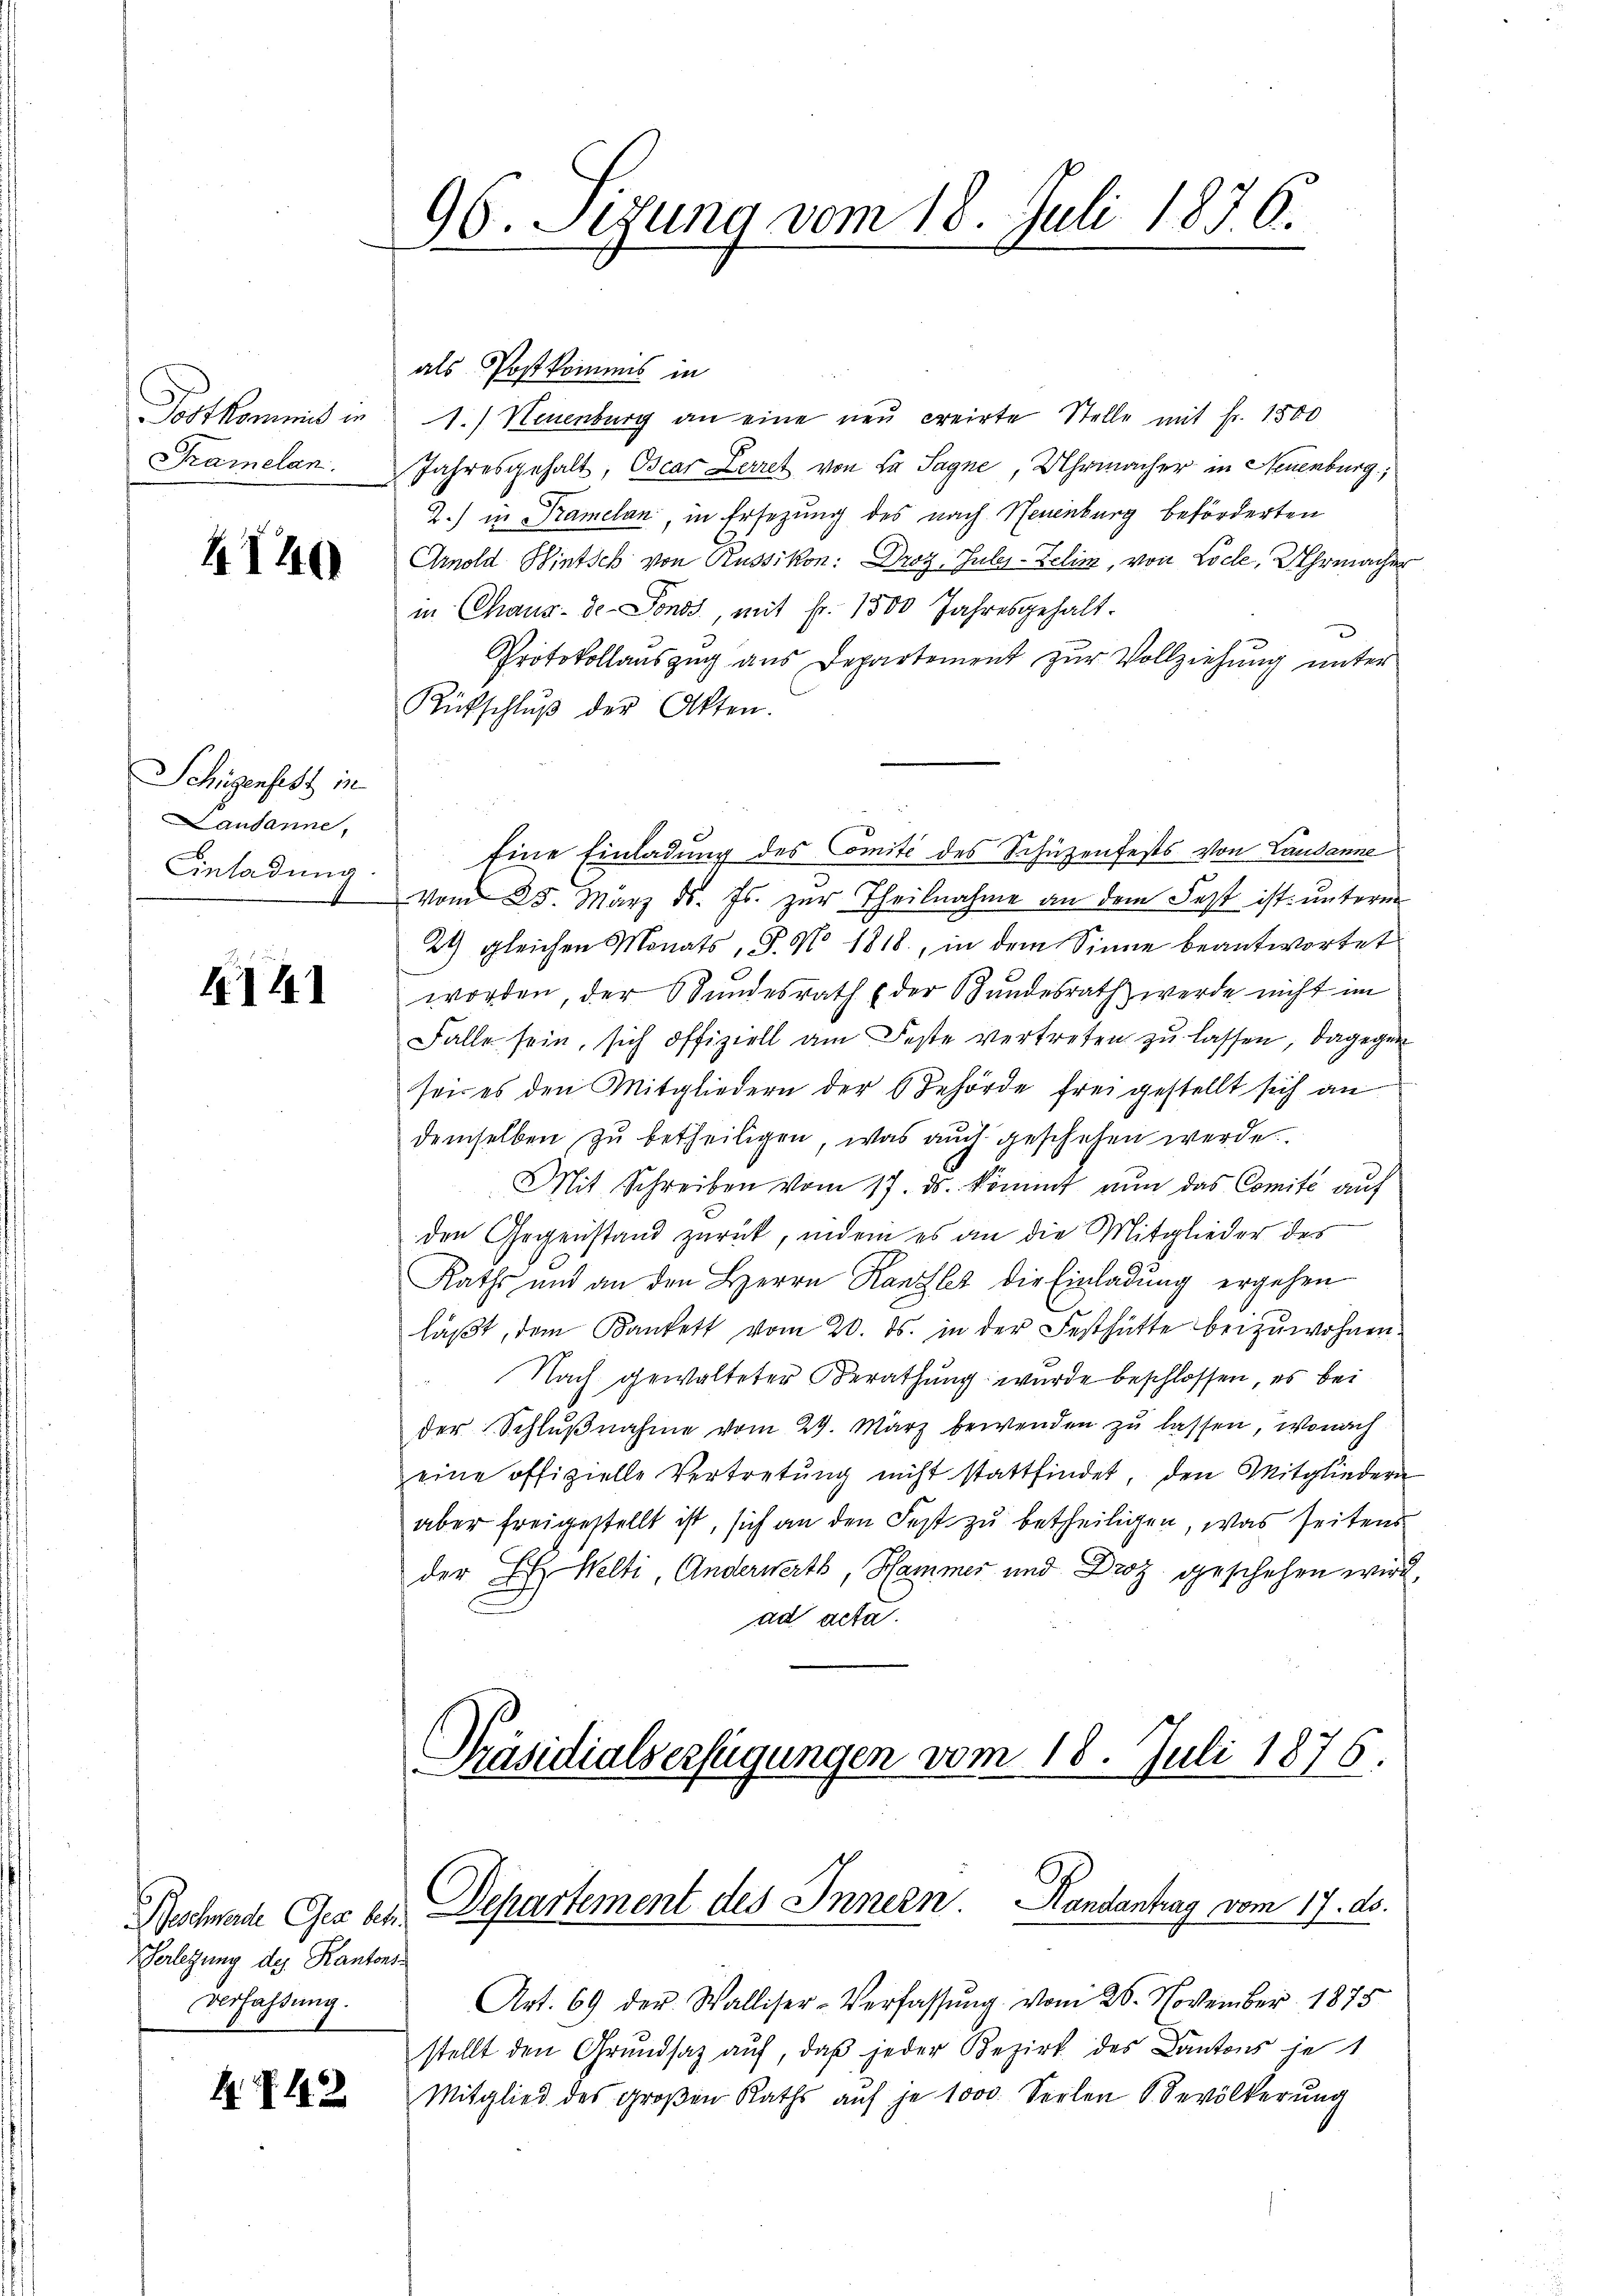
Postkommis in
Framelan

4140

Schügenfest in
Lausanne,
Einladung.

4141

Verletzung des Kantons
Verfahrung.

R. Z. 11

96. Sizung vom 18. Juli 1876.

als Postkommis in
1.) Neuenburg an eine neu creirte Stelle mit fr. 1500
Jahresgehalt, Oscar Zerret von La Sagne, Uhrmacher in Neuenburg,
2.) in Kramelan, in Ersezung des nach Neuenburg beförderten
Arnold Wintsch von Russikon: Droz, Juli-Zelin, von Loche, Uhrmache
in Chaux-de-Fonds, mit Fr. 1500 Jahresgehalt.
Protokollauszug aus Departement zur Vollziehung unter
Rütschlŭβ der Akten.
Eine Einladung des Comité des Schüzenfests von Landanne
Vom 25. März d. Js. zŭr Theilnahme an dem Fest ist unterm
24 gleichen Monats, P. No 1818., in dem Sinne beantwortet
worden, der Sundesrath der Bundesrath werde nicht im
Falle sein, sich offiziell am Feste vertreten zu lassen, dagegen
sei es den Mitgliedern der Behörde frei gestellt sich an
demselben zu betheiligen, was auch geschehen werde.
Mit Schreiben vom 17. ds. kommt nun das Comité auf
den Gegenstand zurück, indem es an die Mitglieder des
Raths und an den Herrn Kanzler die Einladung ergehen
laβt, dem Kankett vom 20. ds. in der Festhütte beizuwohnen
Nach gewalteter Berathung wurde beschlossen, es bei
der Schlŭβnahme vom 29. März bewenden zŭ lassen, wonach
eine offizielle Vertretŭng nicht stattfindet, den Mitgliedern
aber freigestellt ist, sich an den Fest zu betheiligen, was seitens
der L. Welti, Anderwerts, Hammer und Droz geschehen wie
ad acta.
Präsidialverfügungen vom 18. Juli 1876.
uschade Ger ses Departement des Innern. Handantrag vom 17. ds.
Art. 69 der Walliser-Verfassung vom 26. November 1875
stellt den Grundsaz auf, daß jeder Bezirk des Cantons je 1
Mitglied des groβen Raths auf je 1000. Seelen S. Bevölkerŭng